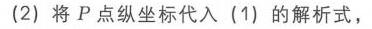
(2) 将\(P\)点纵坐标代入(1)的解析式，